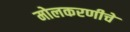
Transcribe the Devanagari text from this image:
मोलकरणीचे